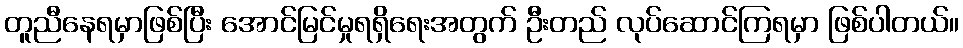
တူညီနေရမှာဖြစ်ပြီး အောင်မြင်မှုရရှိရေးအတွက် ဦးတည် လုပ်ဆောင်ကြရမှာ ဖြစ်ပါတယ်။